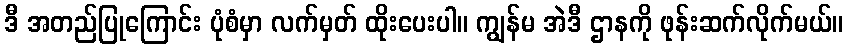
ဒီ အတည်ပြုကြောင်း ပုံစံမှာ လက်မှတ် ထိုးပေးပါ။ ကျွန်မ အဲဒီ ဌာနကို ဖုန်းဆက်လိုက်မယ်။